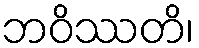
ဘဝိဿတိ၊